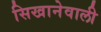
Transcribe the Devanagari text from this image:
सिखानेवाली